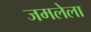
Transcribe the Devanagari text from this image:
जमलेला